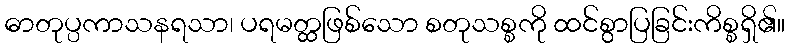
ဓာတုပ္ပကာသနရသာ၊ ပရမတ္ထဖြစ်သော စတုသစ္စကို ထင်စွာပြခြင်းကိစ္စရှိ၏။